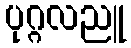
ပုဂ္ဂလညူ